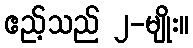
ဧည့်သည် ၂-မျိုး။